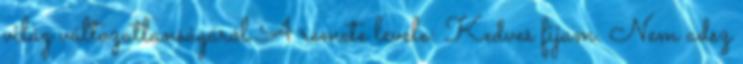
világ változatlanságáról A remete levele: Kedves fijam. Nem adsz